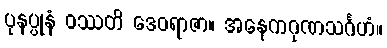
ပုနပ္ပုနံ ဝဿတိ ဒေဝရာဇာ။ အနေကဂုဏသင်္ဂဟံ။